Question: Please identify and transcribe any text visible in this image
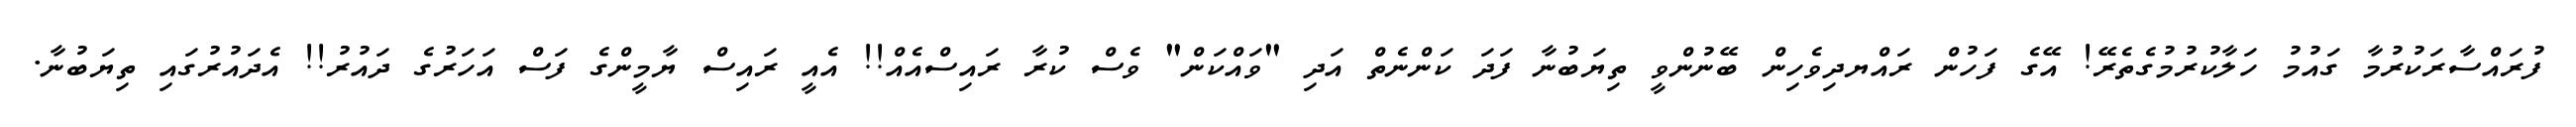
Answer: ފުރައްސާރަކުރުމާ ގައުމު ހަލާކުރުމުގެތެރޭ! އޭގެ ފަހުން ރައްޔދިވެހިން ބޭނުންވީ ތިޔަބުނާ ފަދަ ކަންނެތް އަދި "ވައްކަން" ވެސް ކުރާ ރައިސްއެއް!! އެއީ ރައިސް ޔާމީންގެ ފަސް އަހަރުގެ ދައުރު!! އެދައުރުގައި ތިޔަބުނާ.